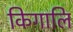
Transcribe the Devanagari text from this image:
किगालि